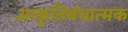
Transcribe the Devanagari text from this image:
आकृतिबंधात्मक